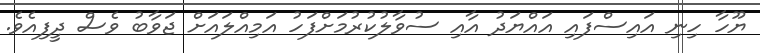
ޔޫހާ ހިނި އައިސްފައި އައްޔަދު އާއި ސުވާލުކުރުމަށްފަހު އަމިއްލައަށް ޖަވާބު ވެސް ދީފިއެވެ.